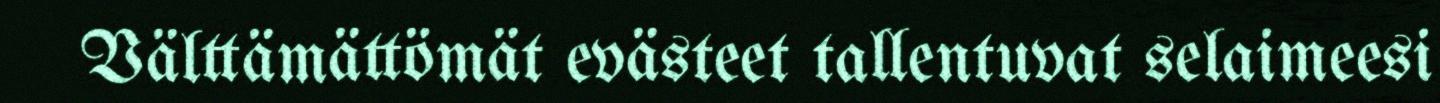
Välttämättömät evästeet tallentuvat selaimeesi